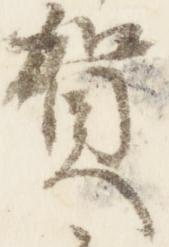
賀